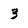
Character: 3